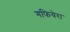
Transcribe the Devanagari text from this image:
गफियेरा